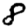
Digit: 8